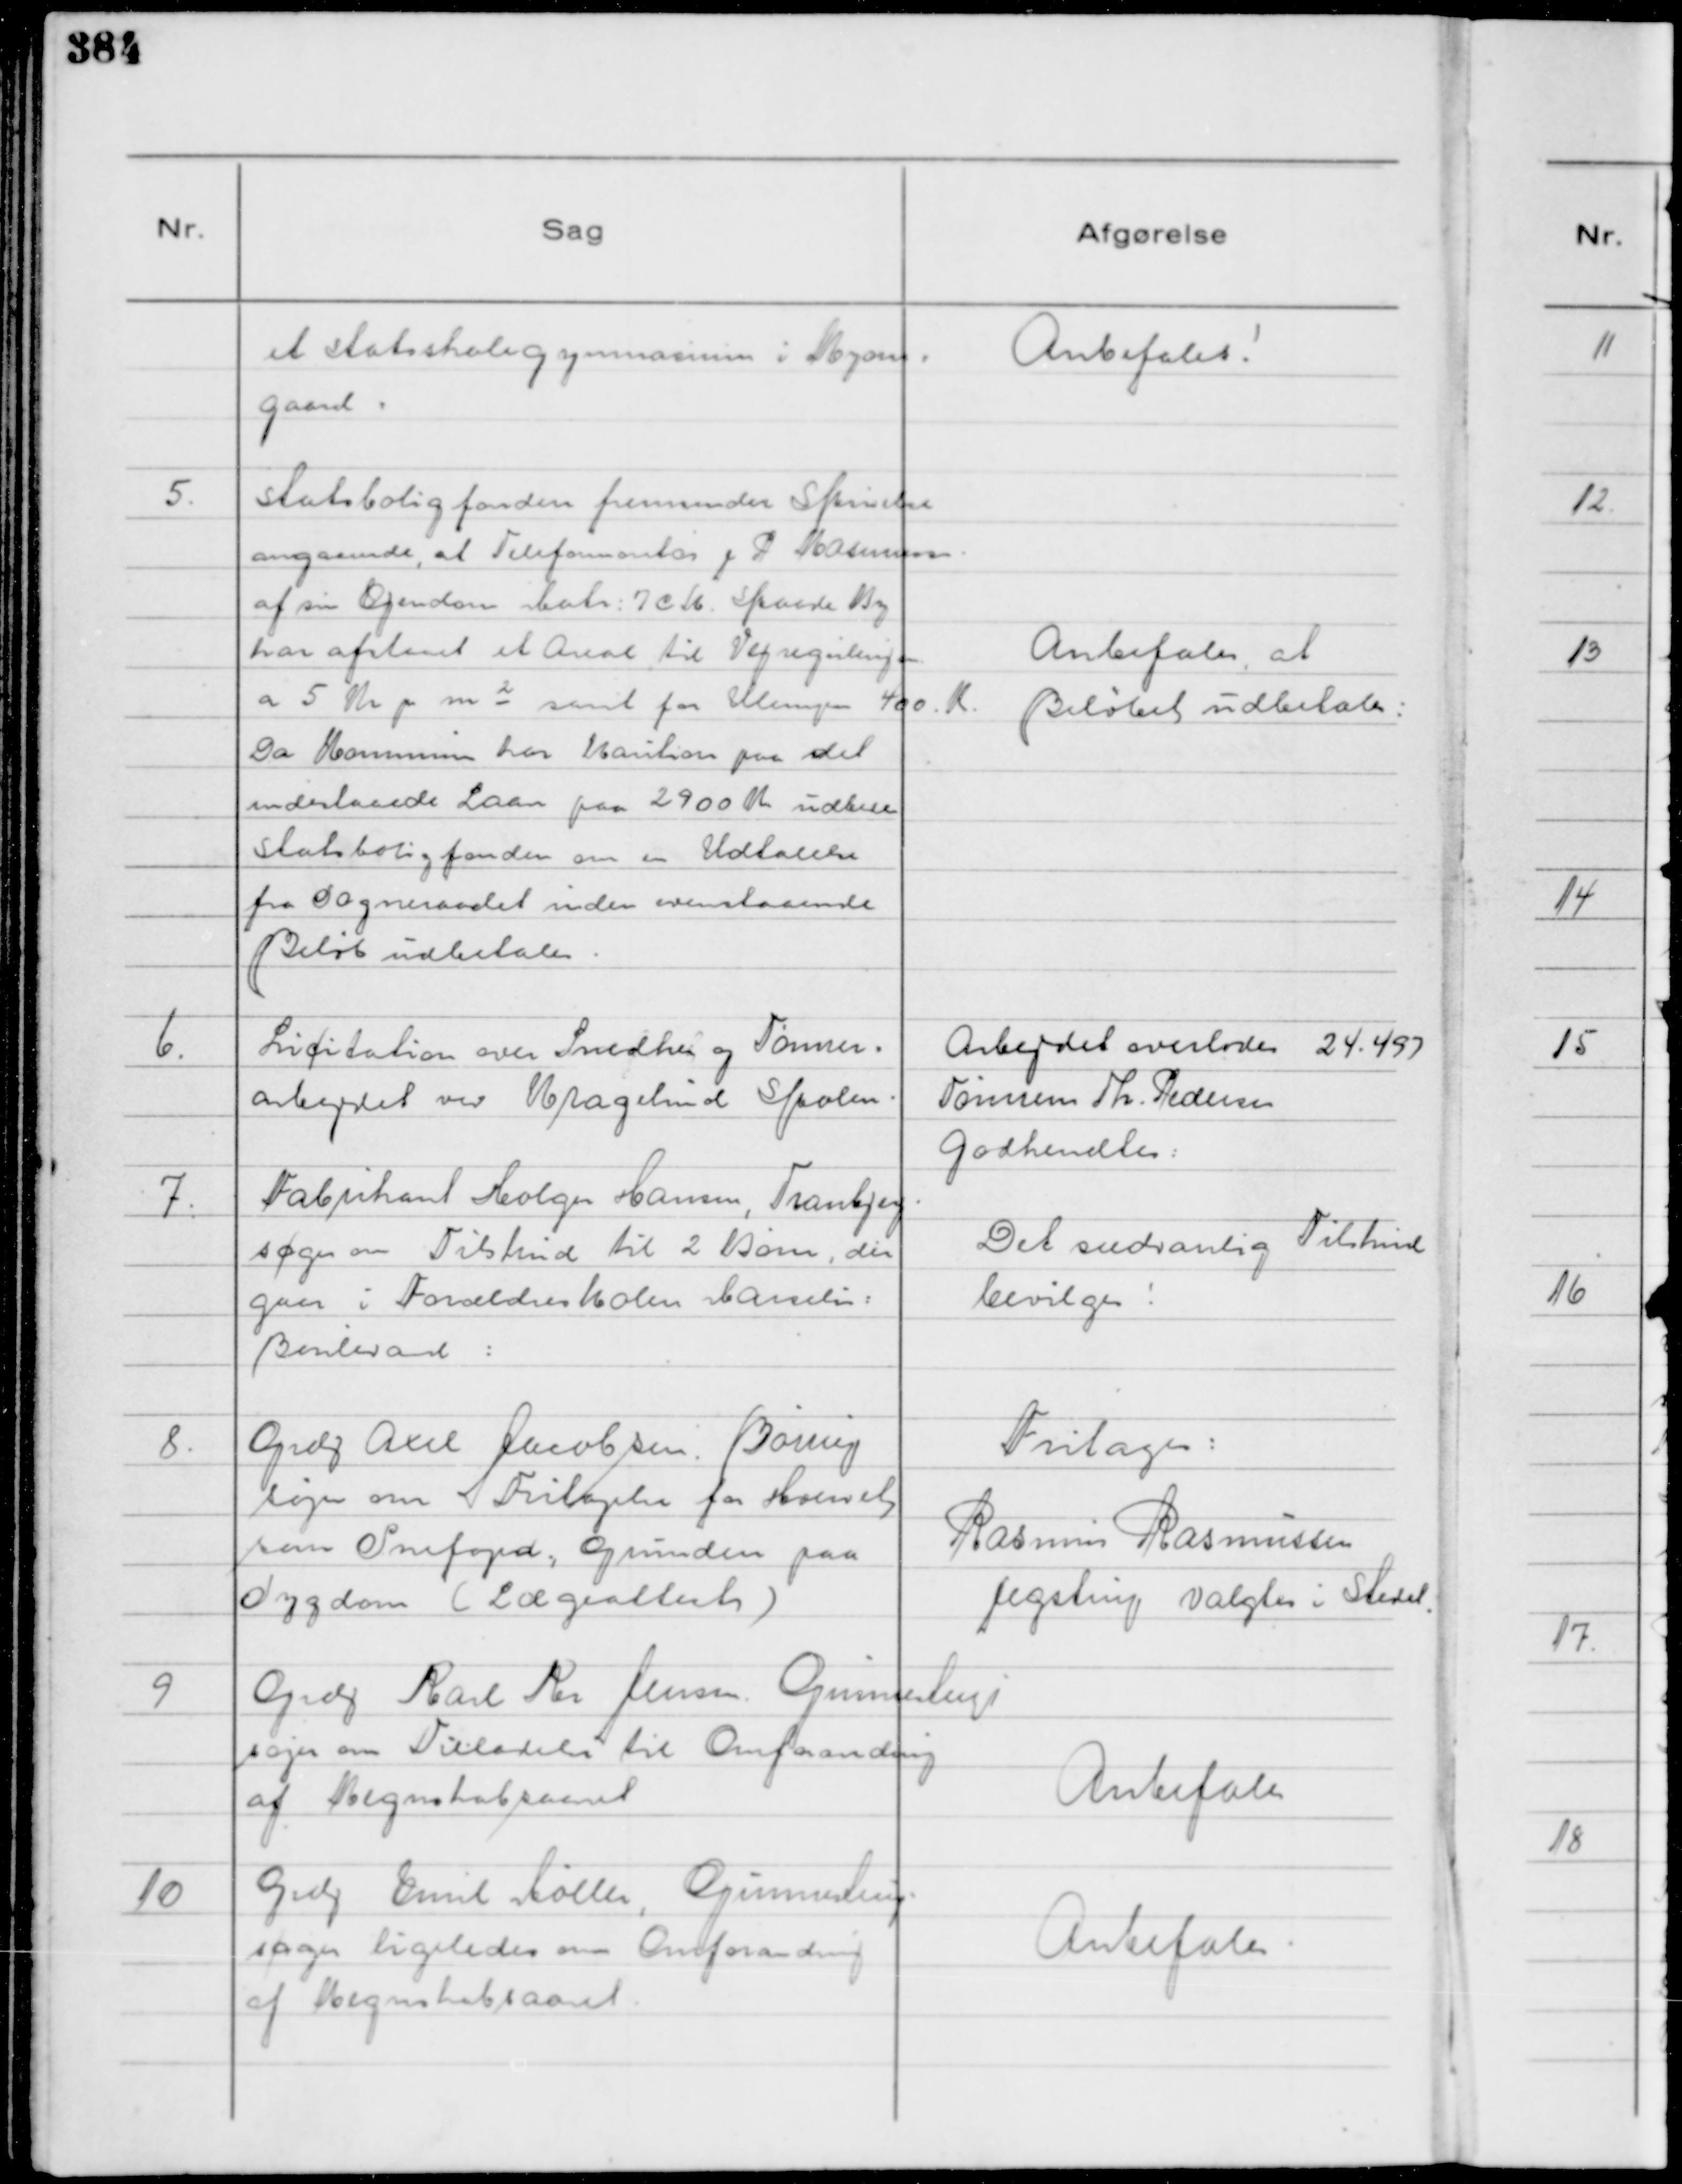
Transskription:
et Statsskolegymnasium i Ryom=
gaard:

Anbefales!

5.
Statsboligfonden fremsender Skrivelse
angaaende, at Telefonmontør J P Rasmussen
af sin Ejendom Matr: 7 c k. Skaade By
har afstaaet et Areal til Vejreguleringen
a 5 Kr pr m² samt for Ulempen 400. K.
Da Kommunen har kaution paa det
indestaaede Laan paa 2900 Kr udbedes
Statsboligfonden om en Udtalelse
fra Sogneraadet inden ovenstaaende
Beløb udbetales.

Anbefales at
Beløbet udbetales:

6.
Licitation over Snedker og Tømrer=
arbejdet ved Kragelund Skolen.

Arbejdet overlodes 24.497
Tømrem Th. Pedersen
Godkendtes:

7.
Fabrikant Holger Hansen, Tranbjerg
søger om Tilskud til 2 Børn, der
gaer i Forældreskolen Marselis:
Boulevard:

Det sædvanlig Tilskud
bevilges!

8.
Grdj Axel Jacobsen. Børing
søger om Fritagelse for Hvervet
som Snefoged; Grunden paa
Sygdom ( Lægeattest )

Fritages.
Rasmus Rasmussen
Jegstrup valgtes i Stedet.

9
Grdj Karl Per Jensen. Gunnestrup
søger om Tilladelse til Omforandring
af Regnskabsaaret

Anbefales

10
Grdj Emil Møller, Gunnestrup
søger ligeledes om Omforandring
af Regnskabsaaret.

Anbefales